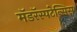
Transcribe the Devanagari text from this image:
मॅडरॅस्पटेन्सिस